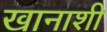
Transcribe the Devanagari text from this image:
खानाशी